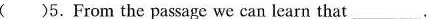
( )5.From the passage we can learn that___.